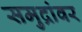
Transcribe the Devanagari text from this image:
समुद्रांवर